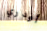
أودري